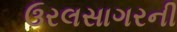
ઉરલસાગરની